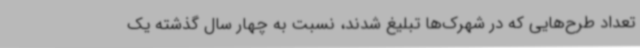
تعداد طرح‌هایی که در شهرک‌ها تبلیغ شدند، نسبت به چهار سال گذشته یک